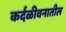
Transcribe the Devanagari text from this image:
कर्दळीवनातील